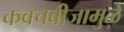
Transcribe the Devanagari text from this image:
कवचबीजामुळे